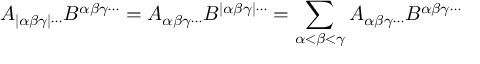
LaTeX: A _ { | \alpha \beta \gamma | \cdots } B ^ { \alpha \beta \gamma \cdots } = A _ { \alpha \beta \gamma \cdots } B ^ { | \alpha \beta \gamma | \cdots } = \sum _ { \alpha < \beta < \gamma } A _ { \alpha \beta \gamma \cdots } B ^ { \alpha \beta \gamma \cdots }